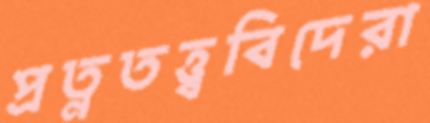
প্রত্নতত্ত্ববিদেরা